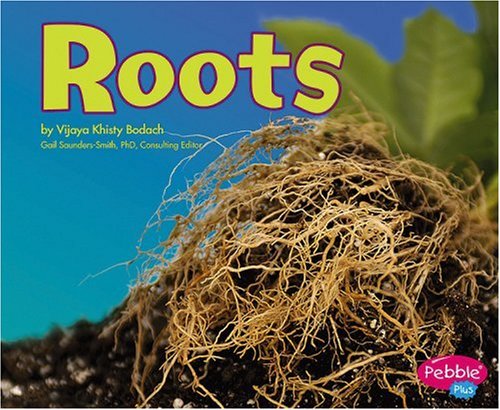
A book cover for Roots (Plant Parts); Vijaya Khisty Bodach; Children's Books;